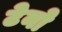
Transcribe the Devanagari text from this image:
टेनो